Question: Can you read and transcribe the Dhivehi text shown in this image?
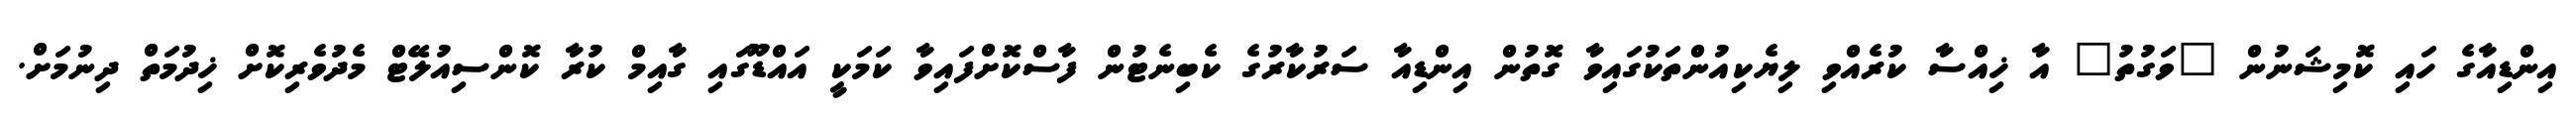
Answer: އިންޑިއާގެ ހައި ކޮމިޝަނުން "ވަގުތު" އާ ޚިއްސާ ކުރެއްވި ލިޔެކިއުންތަކުގައިވާ ގޮތުން އިންޑިއާ ސަރުކާރުގެ ކެބިނެޓުން ފާސްކޮށްފައިވާ ކަމަކީ އައްޑޫގައި ގާއިމް ކުރާ ކޮންސިއުލޭޓް މެދުވެރިކޮށް ޚިދުމަތް ދިނުމަށް.